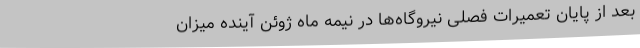
بعد از پایان تعمیرات فصلی نیروگاه‌ها در نیمه ماه ژوئن آینده میزان